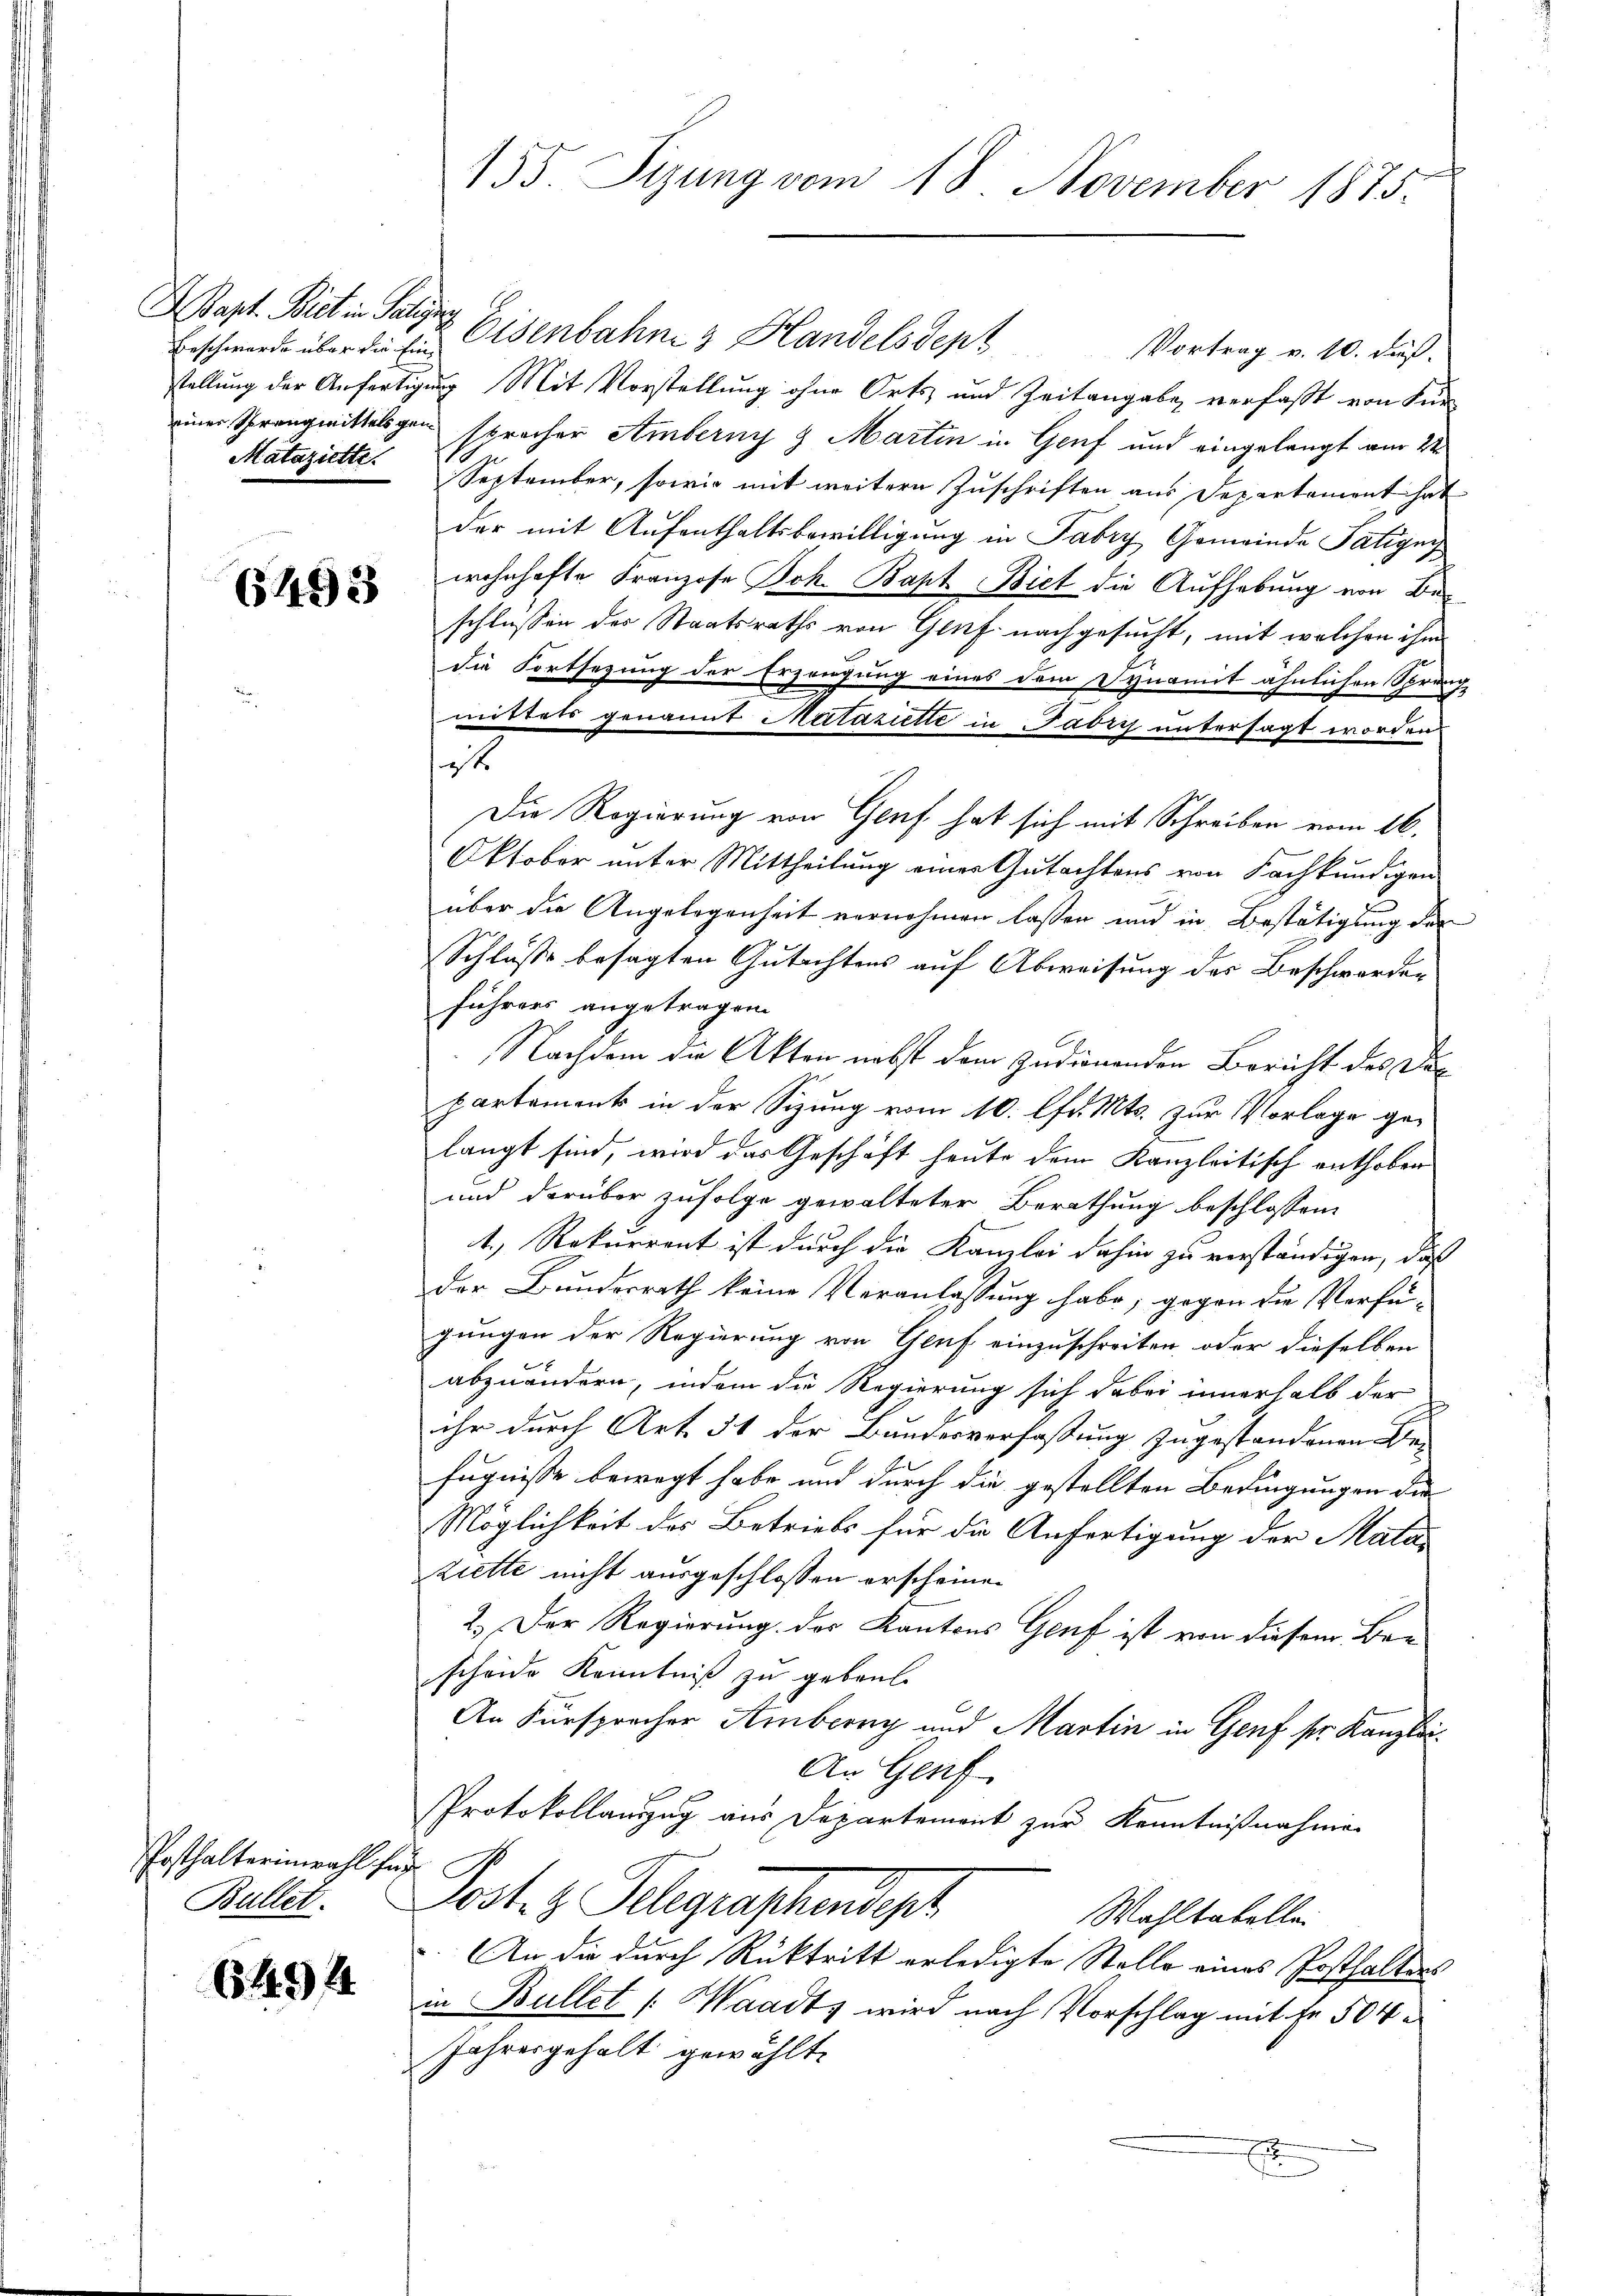
Bapt. Biet in Saligen
Mataziette.

6493

Posthalterin wahl hat
Bullet.

6494

Erschwerde über die Eisenbahn & Handelsdept Vortrag v. 10. dieß.
stellung der Anfertigung Mit Vorstellung ohne Orts und Zeitangabe verfaßt von Füreiner sprang mitteligen spracher Amberny & Martin in Genf und eingelangt am 22
September, sowie mit weitere Zuschriften aus Departament hat
der mit Aufenthaltsbewilligung in Fabry, Gemeinde Tatigny
wohnhafte Franzose Joh. Bapt Biet die Aufhebung von Beschlussen des Staatsraths von Genf nachgesucht, mit welchen ihm
die Fortsezung der Erzeugung eines dem Dynamit ähnlichen Sprung
mittels genannt Mutaziette in Fabry untersagt worden
it
Die Regierung von Genf hat sich mit Schreiben vom 16.
Oktober unter Mittheilung einer Gutachtens von Fachkundigen
über die Angelegenheit vernehmen lassen und in Bestätigung der
Schluße besagten Gutachtens auf Abweisung des Beschwerden
führers angetragen.
Nachdem die Akten nebst dem zudienenden Bericht des Dec
partement in der Sizung vom 10. lfd. Mts. zur Vorlage gelangt sind, wird das Geschäft heute dem Kanzleitisch enthoben
und darüber zufolge gewalteter Berathung beschlossen:
1.) Rekurrent ist durch die Kamloi dahin zu verständigen, daß
der Bundesrath keine Veranlassung habe, gegen die Verfü-
gungen der Regierung von Gluf einzuschreiten, oder dieselben
abzuändern, indem die Regierung sich dabei innerhalb der
ihr durch Art. 51 der Bundesverfassung zugestandenen Befugnisse bewegt habe und durch die gestellten Bedingungen die
Möglichkeit des Betriebs für die Anfertigung der Mata
Ziette nicht ausgeschlossen erscheinen
2.) Der Regierung des Kantons Genf ist von diesem Bescheide Kenntniß zu gebent
An Fürsprocher Amberg und Martin in Genf sr. Kanzlei¬
An Genf
Protokollauszug aus Departement zur Kenntnißnahmen
Posten Belegenschendiget
Wahltabellei
An die durch Rücktritt erledigte Stelle eines Posthalters
in Bullet (Waadt, wird nach Vorschlag mit fr. 504
Jahresgehalt gewählt.
E

155. Sizung vom 18. November 1875.